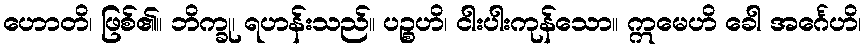
ဟောတိ၊ ဖြစ်၏။ ဘိက္ခု၊ ရဟန်းသည်။ ပဉ္စဟိ၊ ငါးပါးကုန်သော။ ဣမေဟိ ခေါ အင်္ဂေဟိ၊